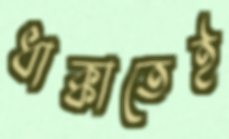
ধাক্কাতেই